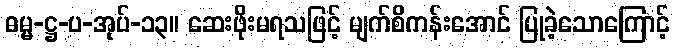
ဓမ္မ-ဋ္ဌ-ပ-အုပ်-၁၃။ ဆေးဖိုးမရသဖြင့် မျက်စိကန်းအောင် ပြုခဲ့သောကြောင့်